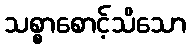
သစ္စာစောင့်သိသော